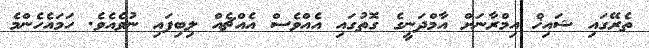
ތެރޭގައި ޝައިޚް އިމްރާނަށް އާމްދަނީގެ ގޮތުގައި އެއްވެސް އެއްޗެއް ލިބިފައި ނުވެއެވެ. ހަމައެހެންމެ